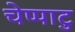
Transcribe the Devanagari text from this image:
चेप्पाटु